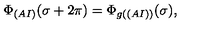
\Phi _ { ( A I ) } ( \sigma + 2 \pi ) = \Phi _ { g ( ( A I ) ) } ( \sigma ) ,